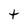
Character: t